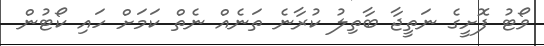
ވޯޓު ފޮށީގެ ނަތީޖާ ބާތިލު ކުރާނެ ތަނެއް ނެތް ކަމަށް ހައި ކޯޓުން